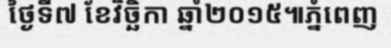
ថ្ងៃទី៧ ខែវិច្ឆិកា ឆ្នាំ២០១៥៕ភ្នំពេញ